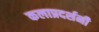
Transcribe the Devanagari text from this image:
कलाप्रदर्शनी